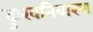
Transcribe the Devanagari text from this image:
दुःखनिवारण